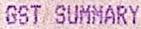
GST SUMMARY